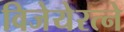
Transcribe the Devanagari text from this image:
विजेयेरत्ने